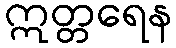
ဣတ္တရေန